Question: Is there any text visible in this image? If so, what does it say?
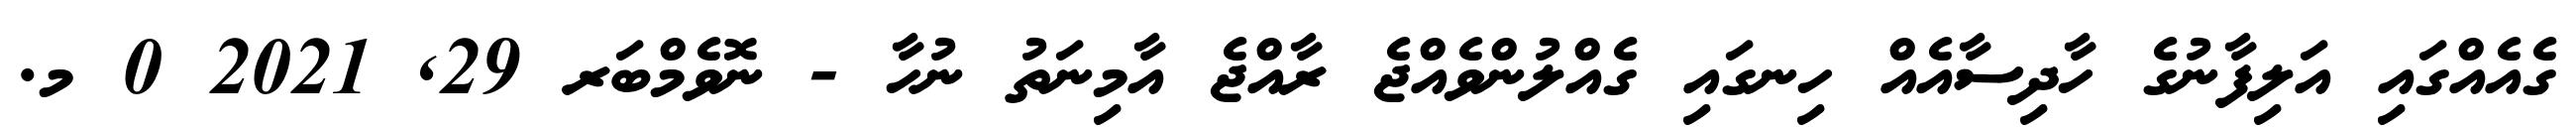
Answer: ގެއެއްގައި އަލިފާނުގެ ހާދިސާއެއް ހިނގައި ގެއްލުންވެއްޖެ ރާއްޖެ އާމިނަތު ނުހާ - ނޮވެމްބަރ 29, 2021 0 މ.